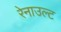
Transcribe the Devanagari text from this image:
रेनाउल्ट